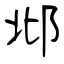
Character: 邶